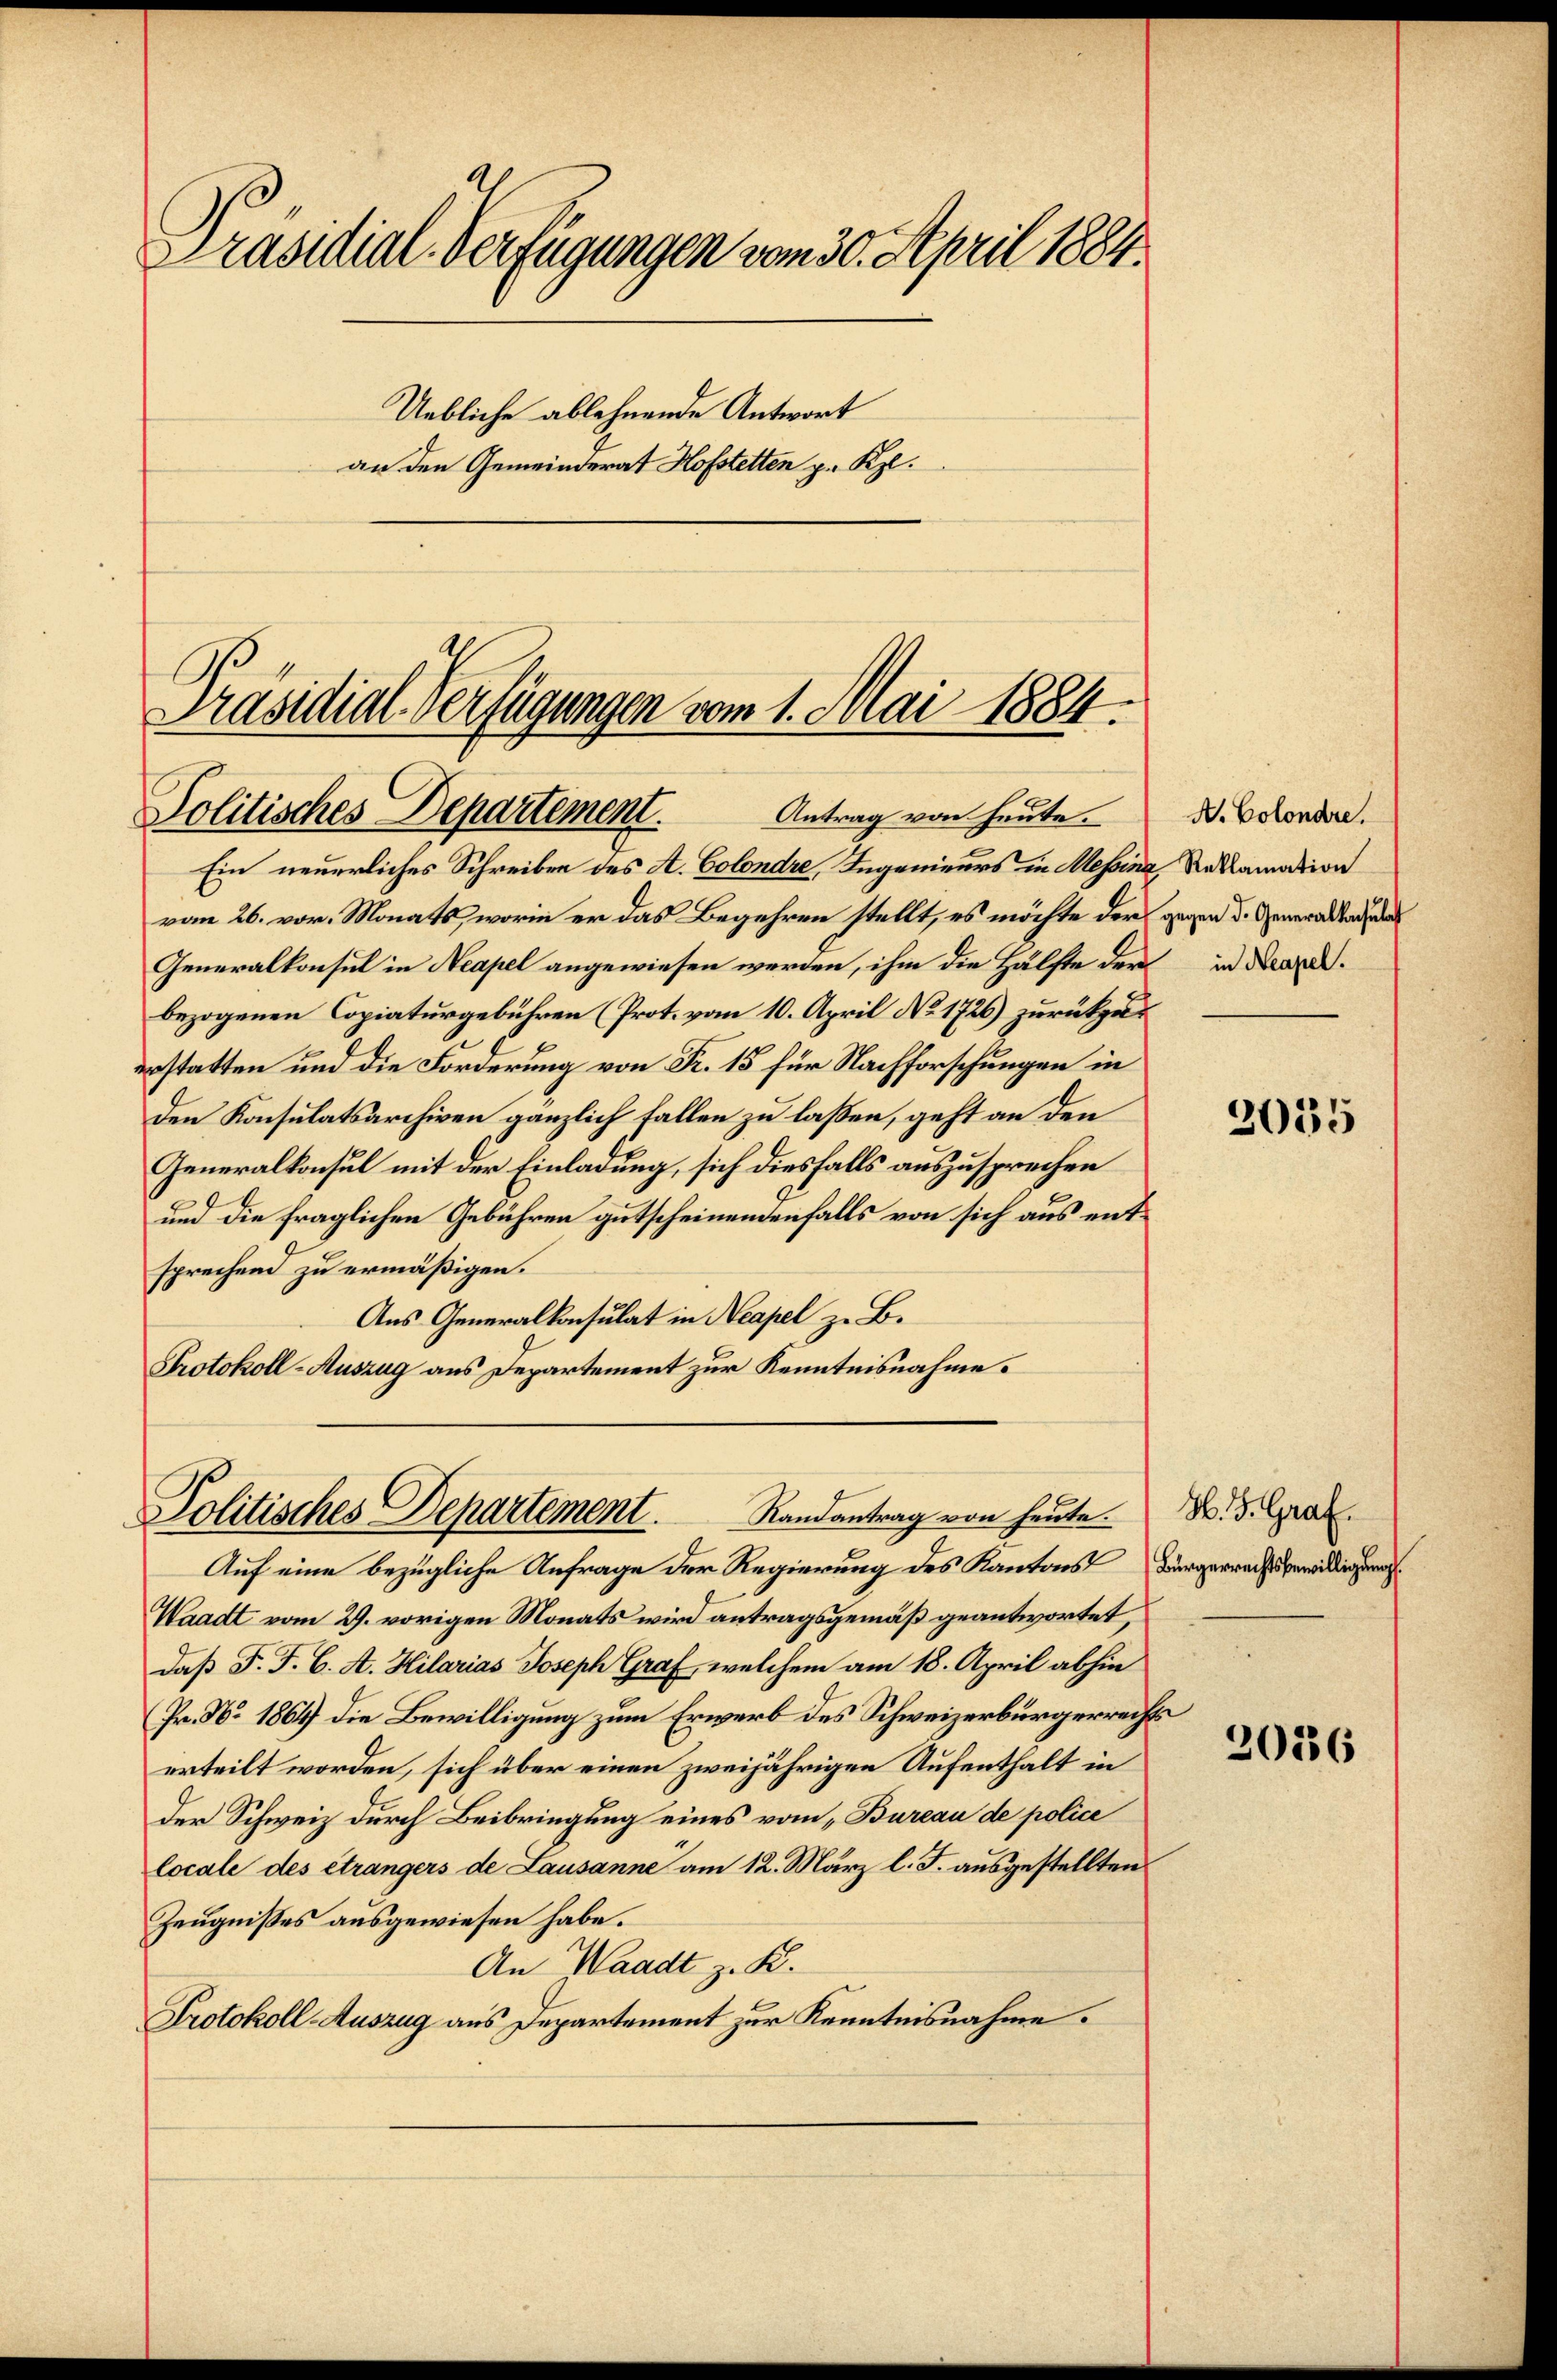
Präsidial-Verfügungen vom 30. April 1884.
Uebliche ablehnende Antwort
an den Gemeinderat Hofstetten z. K.

Präsidial-Verfügungen vom 1. Mai 1884.
Politisches Departement. Antrag von heute.

Ein neuerliches Schreiben des A. Colondre, Ingenieurs in Messina, Reklamation
vom 26. vor. Monats, worin er das Begehren stellt, es möchte der gegen d. Generaltar
Generalkonsul in Neapel angewiesen werden, ihm die Hälfte der in Landbezogenen Copiaturgebühren (Prot. vom 10. April No 1726) zurückzuerstatten und die Forderung von Fr. 15 für Nachforschungen in
den Konsulatsarchiven gänzlich fallen zu laßen, geht an den
Generalkonsul mit der Einladung, sich diesfalls auszusprechen
und die fraglichen Gebühren gutscheinendenfalls von sich aus entsprechend zu ermäßigen.
Aus Generalkonsulat in Neapel z. B.
Protokoll-Auszug aus Departement zur Kenntnisnahme.

Politisches Departement. Randantrag von heute. d. d. Graf

Auf eine bezügliche Anfrage der Regierung des Kantons Bürgerrechtsbewilligung
Waadt vom 29. vorigen Monats wird antragsgemäß geantwortet,
daß F. J. C. A. Hilarias Joseph Graf, welchem am 18. April abhin
Pr. No 1864 die Bewilligung zum Erwerb des Schweizerbürgerrechs
erteilt worden, sich über einen zweijährigen Aufenthalt in
der Schweiz durch Beibringung eines vom „Bureau de police
locale des étrangers de Lausanne am 12. März l. J. ausgestellten
Zeugnisses ausgewiesen habe.
An Waadt z. K.
Protokoll-Auszug aus Departement zur Kenntnisnahme.

A. Colondre.

2035

2036